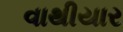
વાથીયાર